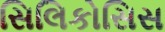
સિલિકોસિસ